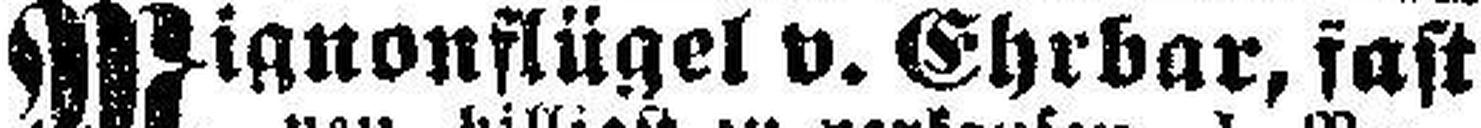
Mignonflügel v. Ehrbar, fast